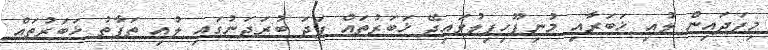
މިފަދައިން ލުއި ޚަބަރާއި މުނިފޫހިފިލުވައިދޭ ޚަބަރުތައް ފަދަ ބުރަދަނުގައި ލުއި ތަފާތު ޚަބަރުތައް